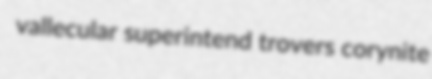
vallecular superintend trovers corynite